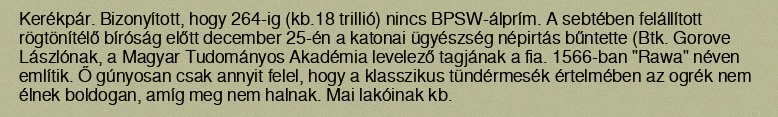
Kerékpár. Bizonyított, hogy 264-ig (kb.18 trillió) nincs BPSW-álprím. A sebtében felállított rögtönítélő bíróság előtt december 25-én a katonai ügyészség népirtás bűntette (Btk. Gorove Lászlónak, a Magyar Tudományos Akadémia levelező tagjának a fia. 1566-ban "Rawa" néven említik. Ő gúnyosan csak annyit felel, hogy a klasszikus tündérmesék értelmében az ogrék nem élnek boldogan, amíg meg nem halnak. Mai lakóinak kb.